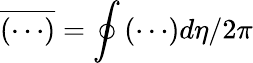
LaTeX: \overline{{\left(\cdots\right)}}=\oint\left(\cdots\right)d\eta/2\pi